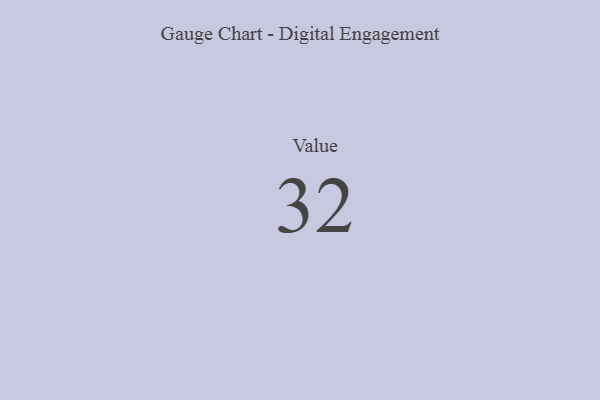
{"axis": {"x": "Metric", "y": "Value"}, "legend": [""], "data": [{"x": "Value", "y": 32, "type": ""}]}